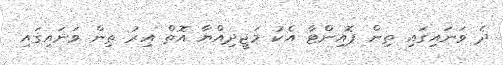
ދެ ވަނައިގައި ތިން ޕޮއިންޓާ އެކު މަޖީދިއްޔާ އޮތް އިރު ތިން ވަނައިގައި